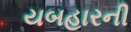
યબહારની